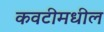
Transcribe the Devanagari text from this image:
कवटीमधील